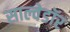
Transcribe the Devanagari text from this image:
साल्वेडॉर